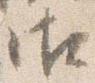
御